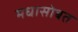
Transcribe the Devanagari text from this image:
मधासोबत